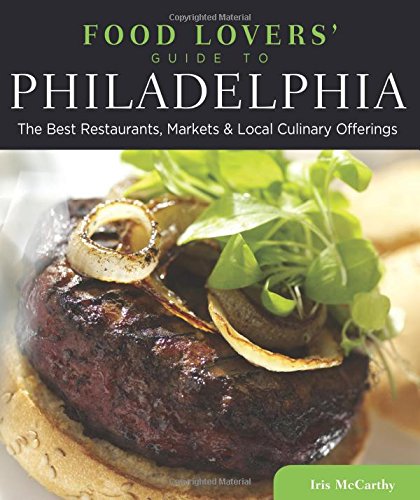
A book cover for Food Lovers' Guide toÂ® Philadelphia: The Best Restaurants, Markets & Local Culinary Offerings (Food Lovers' Series); Iris Mccarthy; Travel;